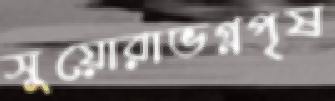
সুয়োরাভগ্নপৃষ